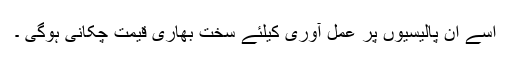
اسے ان پالیسیوں پر عمل آوری کیلئے سخت بھاری قیمت چکانی ہوگی ۔